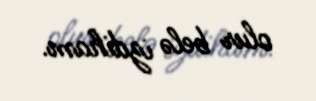
olur belə izdiham.